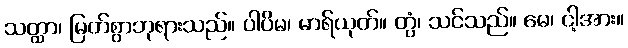
သတ္ထာ၊ မြတ်စွာဘုရားသည်။ ပါပိမ၊ မာရ်ယုတ်။ တွံ၊ သင်သည်။ မေ၊ ငါ့အား။